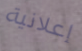
إعلانية